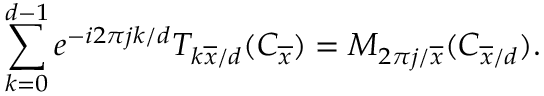
\sum _ { k = 0 } ^ { d - 1 } e ^ { - i 2 \pi j k / d } T _ { k \overline { { x } } / d } ( C _ { \overline { { x } } } ) = M _ { 2 \pi j / \overline { { x } } } ( C _ { \overline { { x } } / d } ) .